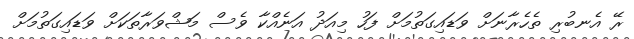
ރޭ އެނބުރި ތެހެރާނަަށް ވަޑައިގަތުމަށް ފަހު މިއަދު އަނެއްކާ ވެސް މަޝްވަރާތަކަށް ވަޑައިގަތުމަށް